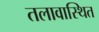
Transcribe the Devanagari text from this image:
तलावास्थित